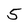
Character: 5